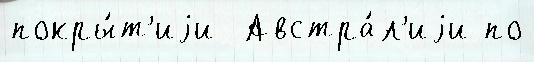
покры́т'иjи  Австра́л'иjи по